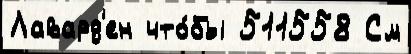
Лавард'ен что́бы 511558 См